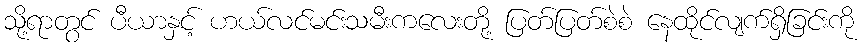
သို့ရာတွင် ပီယာနှင့် ဟယ်လင်မင်းသမီးကလေးတို့ ပြတ်ပြတ်စဲစဲ နေထိုင်လျက်ရှိခြင်းကို